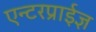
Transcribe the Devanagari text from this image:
एन्टरप्राईज्ञ